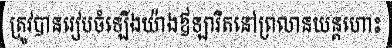
ត្រូវបានរៀបចំឡើងយ៉ាងឪឡារិតនៅព្រលានយន្តហោះ